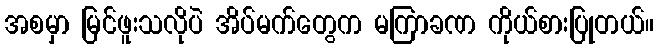
အစမှာ မြင်ဖူးသလိုပဲ အိပ်မက်တွေက မကြာခဏ ကိုယ်စားပြုတယ်။